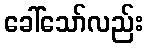
ခေါ်သော်လည်း